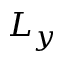
L _ { y }